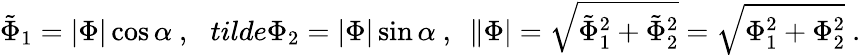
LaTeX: \tilde{\Phi}_{1}=|\Phi|\cos\alpha\ ,\ \ \, tilde{\Phi}_{2}=|\Phi|\sin\alpha\ ,\ \ \| \Phi|=\sqrt{\tilde{\Phi}_{1}^{2}+\tilde{\Phi}_{2}^{2}}=\sqrt{\Phi_{1}^{2}+\Phi_{2}^{2}}\ .